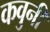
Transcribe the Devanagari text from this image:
कवुनी